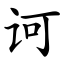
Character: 诃